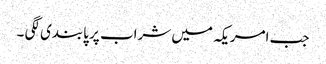
جب امریکہ میں شراب پر پابندی لگی ۔